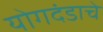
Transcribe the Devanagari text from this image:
योगदंडाचे